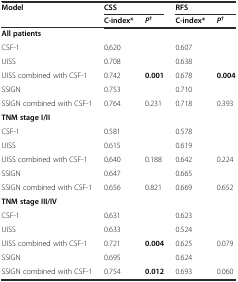
<table><thead><tr><td rowspan="2"><b>Model</b></td><td colspan="2"><b>CSS</b></td><td colspan="2"><b>RFS</b></td></tr><tr><td><b>C-index*</b></td><td><b><i>P</i><sup>†</sup></b></td><td><b>C-index*</b></td><td><b><i>P</i><sup>†</sup></b></td></tr></thead><tbody><tr><td><b>All patients</b></td><td></td><td></td><td></td><td></td></tr><tr><td>CSF-1</td><td>0.620</td><td></td><td>0.607</td><td></td></tr><tr><td>UISS</td><td>0.708</td><td></td><td>0.638</td><td></td></tr><tr><td>UISS combined with CSF-1</td><td>0.742</td><td><b>0.001</b></td><td>0.678</td><td><b>0.004</b></td></tr><tr><td>SSIGN</td><td>0.753</td><td></td><td>0.710</td><td></td></tr><tr><td>SSIGN combined with CSF-1</td><td>0.764</td><td>0.231</td><td>0.718</td><td>0.393</td></tr><tr><td><b>TNM stage I/II</b></td><td></td><td></td><td></td><td></td></tr><tr><td>CSF-1</td><td>0.581</td><td></td><td>0.578</td><td></td></tr><tr><td>UISS</td><td>0.615</td><td></td><td>0.619</td><td></td></tr><tr><td>UISS combined with CSF-1</td><td>0.640</td><td>0.188</td><td>0.642</td><td>0.224</td></tr><tr><td>SSIGN</td><td>0.647</td><td></td><td>0.665</td><td></td></tr><tr><td>SSIGN combined with CSF-1</td><td>0.656</td><td>0.821</td><td>0.669</td><td>0.652</td></tr><tr><td><b>TNM stage III/IV</b></td><td></td><td></td><td></td><td></td></tr><tr><td>CSF-1</td><td>0.631</td><td></td><td>0.623</td><td></td></tr><tr><td>UISS</td><td>0.633</td><td></td><td>0.524</td><td></td></tr><tr><td>UISS combined with CSF-1</td><td>0.721</td><td><b>0.004</b></td><td>0.625</td><td>0.079</td></tr><tr><td>SSIGN</td><td>0.695</td><td></td><td>0.624</td><td></td></tr><tr><td>SSIGN combined with CSF-1</td><td>0.754</td><td><b>0.012</b></td><td>0.693</td><td>0.060</td></tr></tbody></table>